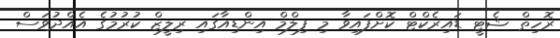
ރޮހިތް ޝެޓީ ޑައިރެކްޓް ކޮށްފައިވާ މި ފިލްމް އިންޑިއާގައި ރިލީޒް ކުރުމުގެ އެއްދުވަސް